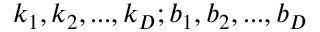
k _ { 1 } , k _ { 2 } , . . . , k _ { D } ; b _ { 1 } , b _ { 2 } , . . . , b _ { D }